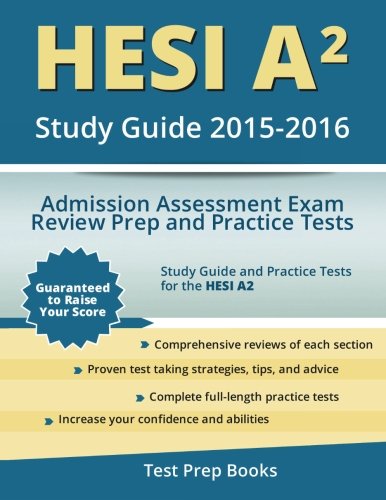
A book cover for HESI A2 Study Guide 2015-2016: Admission Assessment Exam Review Prep and Practice Tests; HESI A2 Study Guide 2015-2016 Team; Test Preparation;